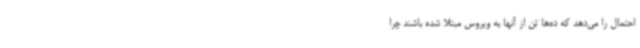
احتمال را می‌دهد که ده‌ها تن از آنها به ویروس مبتلا شده باشند چرا